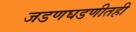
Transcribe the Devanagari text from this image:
जडणघडणीतही